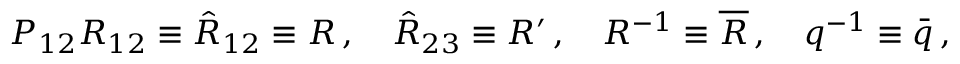
P _ { 1 2 } R _ { 1 2 } \equiv \hat { R } _ { 1 2 } \equiv R \, , \ \ \ \hat { R } _ { 2 3 } \equiv R ^ { \prime } \, , \ \ \ R ^ { - 1 } \equiv \overline { { { R } } } \, , \ \ \ q ^ { - 1 } \equiv \bar { q } \, ,